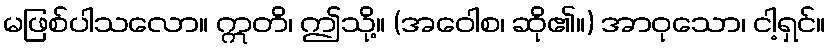
မဖြစ်ပါသလော။ ဣတိ၊ ဤသို့။ (အဝေါစ၊ ဆို၏။) အာဝုသော၊ ငါ့ရှင်။